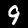
Digit: 9